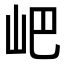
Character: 𡵟